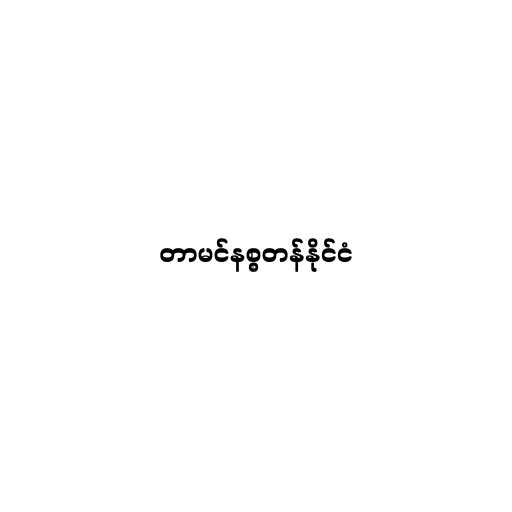
တာမင်နစ္စတန်နိုင်ငံ